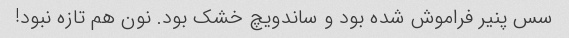
سس پنیر فراموش شده بود و ساندویچ خشک بود. نون هم تازه نبود!